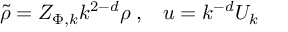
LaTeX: \tilde { \rho } = Z _ { \Phi , k } k ^ { 2 - d } \rho \; , \; \; \; u = k ^ { - d } U _ { k }